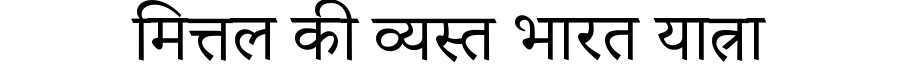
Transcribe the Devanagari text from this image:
मित्तल की व्यस्त भारत यात्रा